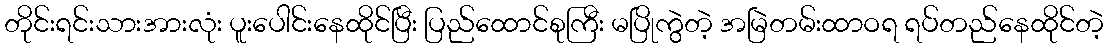
တိုင်းရင်းသားအားလုံး ပူးပေါင်းနေထိုင်ပြီး ပြည်ထောင်စုကြီး မပြိုကွဲတဲ့ အမြဲတမ်းထာဝရ ရပ်တည်နေထိုင်တဲ့